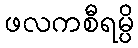
ဖလကစီရမ္ပိ